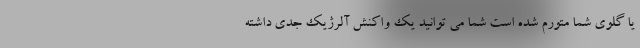
یا گلوی شما متورم شده است شما می توانید یک واکنش آلرژیک جدی داشته